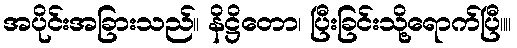
အပိုင်းအခြားသည်။ နိဋ္ဌိတော၊ ပြီးခြင်းသို့ရောက်ပြီ။။